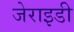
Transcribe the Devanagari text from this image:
जेराइडी